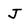
Character: J